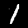
Digit: 1